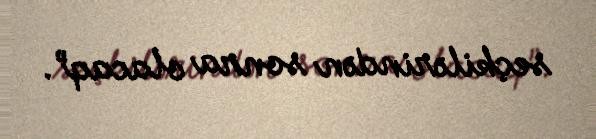
seçkilərindən sonra olacaq”.